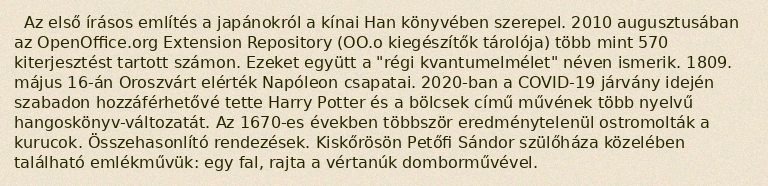
Az első írásos említés a japánokról a kínai Han könyvében szerepel. 2010 augusztusában az OpenOffice.org Extension Repository (OO.o kiegészítők tárolója) több mint 570 kiterjesztést tartott számon. Ezeket együtt a "régi kvantumelmélet" néven ismerik. 1809. május 16-án Oroszvárt elérték Napóleon csapatai. 2020-ban a COVID-19 járvány idején szabadon hozzáférhetővé tette Harry Potter és a bölcsek című művének több nyelvű hangoskönyv-változatát. Az 1670-es években többször eredménytelenül ostromolták a kurucok. Összehasonlító rendezések. Kiskőrösön Petőfi Sándor szülőháza közelében található emlékművük: egy fal, rajta a vértanúk domborművével.